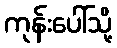
ကုန်းပေါ်သို့